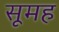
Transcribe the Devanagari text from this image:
सूमह